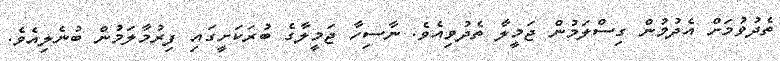
ތެދުވުމަށް އެދުމުން ގިސްލަމުން ޖަމީލާ ތެދުވިއެވެ. ނާސިހާ ޖަމީލާގެ ބުރަކަށީގައި ފިރުމާލަމުން ބުނެލިއެވެ.